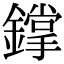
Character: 鐣